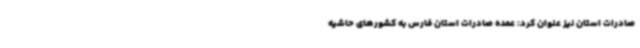
صادرات استان نیز عنوان کرد: عمده صادرات استان فارس به کشورهای حاشیه